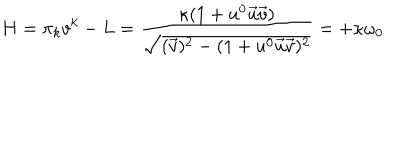
H = \pi _ { k } v ^ { k } - L = \frac { \kappa ( 1 + u ^ { 0 } \vec { u } \vec { v } ) } { \sqrt { ( \vec { v } ) ^ { 2 } - ( 1 + u ^ { 0 } \vec { u } \vec { v } ) ^ { 2 } } } = + \kappa \omega _ { 0 }